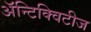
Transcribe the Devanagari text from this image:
अॅन्टिक्विटीज